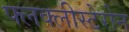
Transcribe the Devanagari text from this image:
फ्लक्लीस्टेरोन